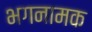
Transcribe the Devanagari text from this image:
भगनामक